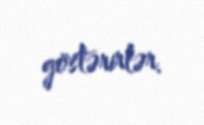
göstərirlər.